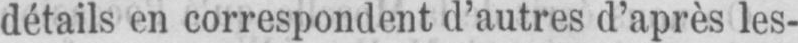
détails en correspondent d’autres d’après les-